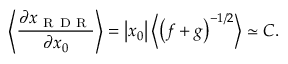
\left\langle \frac { \partial x _ { \mathrm { ~ R ~ D ~ R ~ } } } { \partial x _ { 0 } } \right\rangle = \left| x _ { 0 } \right| \left\langle \left( f + g \right) ^ { - 1 / 2 } \right\rangle \simeq C .